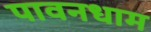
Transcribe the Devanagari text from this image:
पावनधाम